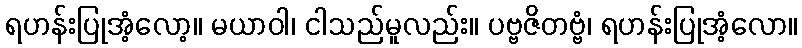
ရဟန်းပြုအံ့လော့။ မယာဝါ၊ ငါသည်မူလည်း။ ပဗ္ဗဇိတဗ္ဗံ၊ ရဟန်းပြုအံ့လော။